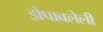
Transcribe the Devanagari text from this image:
झेपावलेली